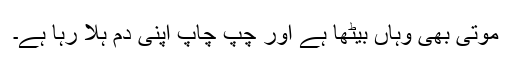
موتی بھی وہاں بیٹھا ہے اور چپ چاپ اپنی دم ہلا رہا ہے۔